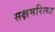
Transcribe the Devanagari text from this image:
सक्षमरित्या